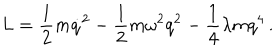
L = \frac 1 2 m \dot { q } ^ { 2 } - \frac 1 2 m \omega ^ { 2 } q ^ { 2 } - \frac 1 4 \lambda m q ^ { 4 } \, .